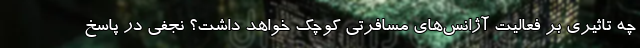
چه تاثیری بر فعالیت آژانس‌های مسافرتی کوچک خواهد داشت؟ نجفی در پاسخ